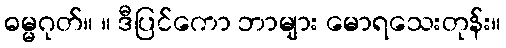
ဓမ္မဂုတ်။ ။ ဒီပြင်ကော ဘာများ မောရသေးတုန်း။